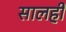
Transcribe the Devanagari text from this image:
सालही